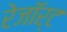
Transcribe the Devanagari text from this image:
रेजॉर्ट